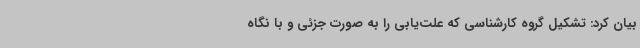
بیان کرد: تشکیل گروه کارشناسی که علت‌یابی را به صورت جزئی و با نگاه